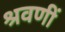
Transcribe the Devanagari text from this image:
श्रवणीं